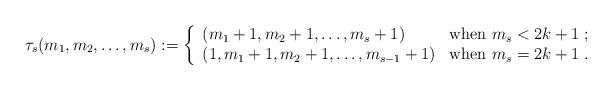
LaTeX: \begin{align*} \tau_s(m_1,m_2,\dots,m_{s}):= \left\{\begin{array}{ll} (m_1+1,m_2+1,\dots,m_{s}+1)&\hbox{when } m_{s}<2k+1\;;\\ (1,m_1+1,m_2+1,\dots,m_{s-1}+1)&\hbox{when } m_{s}=2k+1\;. \end{array} \right.\end{align*}